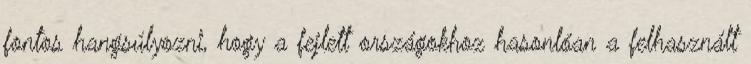
fontos hangsúlyozni, hogy a fejlett országokhoz hasonlóan a felhasznált